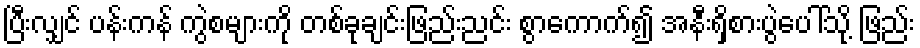
ပြီးလျှင် ပန်းကန် ကွဲစများကို တစ်ခုချင်းဖြည်းညင်း စွာကောက်၍ အနီးရှိစားပွဲပေါ်သို့ ဖြည်း